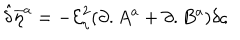
{ \hat { \delta } } { \overline { { { \eta } } } } ^ { a } = - { \mathcal { E } } _ { \eta } ^ { 2 } ( \partial . A ^ { a } + \partial . B ^ { a } ) \delta \varsigma